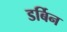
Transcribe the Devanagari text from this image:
डर्बिन